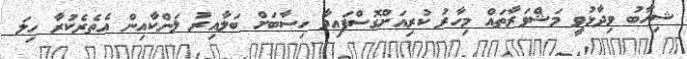
ޝިހާބު ވިދާޅުވީ މަޝްވަރާތައް މިހާރު ކުރިއަށްގޮސްފައިވާ ހިސާބަށް ބަލާއިރު ލަންކާއިން އެތެރެކުރާ ހިލަ